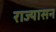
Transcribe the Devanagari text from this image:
राज्यासन